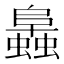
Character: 䘀